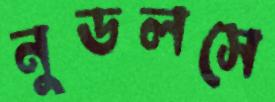
নুডলসে